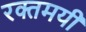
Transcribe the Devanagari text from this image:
रक्तमयी